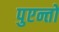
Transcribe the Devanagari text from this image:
पुएन्तो